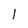
Character: 1